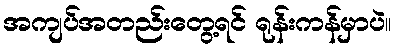
အကျပ်အတည်းတွေ့ရင် ရုန်းကန်မှာပဲ။